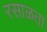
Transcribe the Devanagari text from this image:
रसाळता